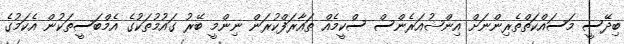
ބިދޭސީ މަސައްކަތްތެރިންނަށް އިންޝުއަރެންސް ސްކީމެއް ތައާރަފްކުރަން ނިންމީ ބޭރު ގައުމުތަކުގެ އެމްބަސީތަކުން އެކަމުގެ